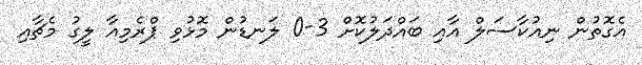
އެގޮތުން ނިއުކާސަލް އާއި ބައްދަލުކޮށް 3-0 ލަނޑުން މޮޅުވި ޕްރެމިއާ ލީގު މެޗާއި